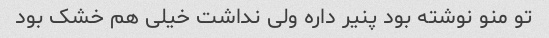
تو منو نوشته بود پنیر داره ولی نداشت خیلی هم خشک بود